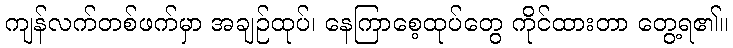
ကျန်လက်တစ်ဖက်မှာ အချဉ်ထုပ်၊ နေကြာစေ့ထုပ်တွေ ကိုင်ထားတာ တွေ့ရ၏။